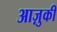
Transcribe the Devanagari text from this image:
आज़ुकी